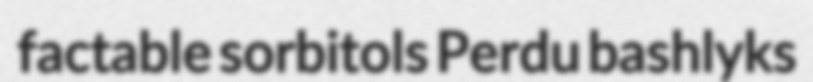
factable sorbitols Perdu bashlyks